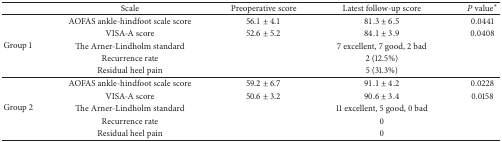
|  | Scale | Preoperative score | Latest follow-up score | Pvalue∗ |
 | --- | --- | --- | --- | --- |
 | <ROWSPAN=5> Group 1 | AOFAS ankle-hindfoot scale score | 56.1 ± 4.1 | 81.3 ± 6.5 | 0.0441 |
 | VISA-A score | 52.6 ± 5.2 | 84.1 ± 3.9 | 0.0408 |
 | The Arner-Lindholm standard |  | 7 excellent, 7 good, 2 bad |  |
 | Recurrence rate |  | 2 (12.5%) |  |
 | Residual heel pain |  | 5 (31.3%) |  |
 | <ROWSPAN=5> Group 2 | AOFAS ankle-hindfoot scale score | 59.2 ± 6.7 | 91.1 ± 4.2 | 0.0228 |
 | VISA-A score | 50.6 ± 3.2 | 90.6 ± 3.4 | 0.0158 |
 | The Arner-Lindholm standard |  | 11 excellent, 5 good, 0 bad |  |
 | Recurrence rate |  | 0 |  |
 | Residual heel pain |  | 0 |  |